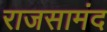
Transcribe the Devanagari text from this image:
राजसामंद